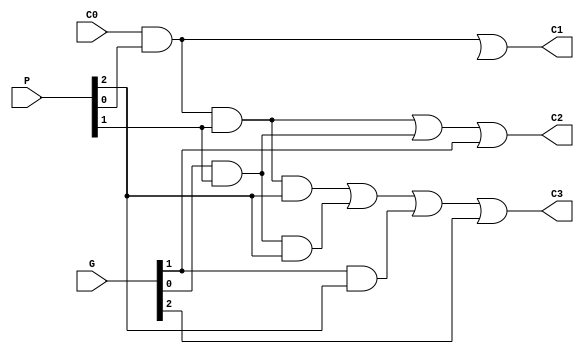
module carry_generator(
	output C1,C2,C3,
	input C0,
	input [2:0]P,G
	);
	wire W1,W2,W3,W4,W5,W6;
	
	and G1(W1,C0,P[0],P[1],P[2]);
	and G2(W2,G[0],P[1],P[2]);
	and G3(W3,G[1],P[2]);
	and G4(W4,C0,P[0],P[1]);
	and G5(W5,G[0],P[1]);
	and G6(W6,P[0],C0);
	or G7(C3,W1,W2,W3,G[2]);
	or G8(C2,W4,W5,G[1]);
	or G9(C1,W6,G0);
endmodule